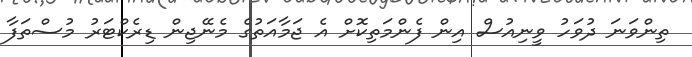
ތިންވަނަ ދުވަހު ވީނިއުސް އިން ފެންމަތިކޮށް އެ ޖަމާއަތުގެ މެނޭޖިން ޑިރެކްޓަރު މުސްތަފާ